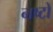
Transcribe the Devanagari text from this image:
नष्टो